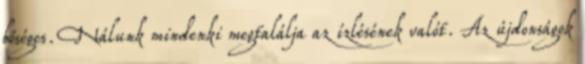
bőséges. Nálunk mindenki megtalálja az ízlésének valót. Az újdonságok